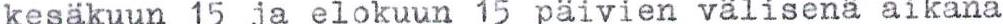
kesäkuun 15 ja elokuun 15 päivien välisenä aikana